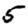
Digit: 5